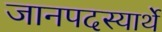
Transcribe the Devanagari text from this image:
जानपदस्यार्थे